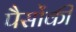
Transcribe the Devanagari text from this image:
पैसोंकी